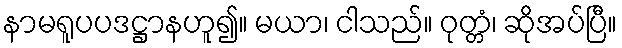
နာမရူပပဒဋ္ဌာနဟူ၍။ မယာ၊ ငါသည်။ ဝုတ္တံ၊ ဆိုအပ်ပြီ။